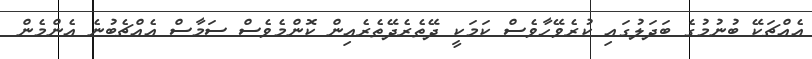
އެއްޗަކޭ ބުނުމުގެ ބަދަލުގައި ކުރެވޭހާވެސް ކަމަކީ ދޭތެރެދޭތެރެއިން ކޮންމެވެސް ސަމާސް އެއްޗެބުނެ އެންމެން